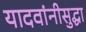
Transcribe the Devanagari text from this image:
यादवांनीसुद्धा